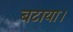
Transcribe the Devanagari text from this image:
बटाया।